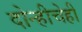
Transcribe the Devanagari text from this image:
दोन्हीचेही